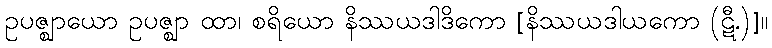
ဥပဇ္ဈာယော ဥပဇ္ဈာ ထာ၊ စရိယော နိဿယဒါဒိကော [နိဿယဒါယကော (ဋီ.)]။